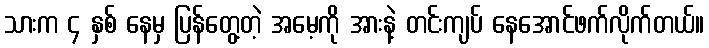
သားက ၄ နှစ် နေမှ ပြန်တွေ့တဲ့ အမေ့ကို အားနဲ့ တင်းကျပ် နေအောင်ဖက်လိုက်တယ်။